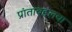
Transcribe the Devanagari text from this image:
प्रांताबद्दलचा